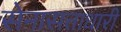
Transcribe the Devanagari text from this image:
सेनासत्ताधारी